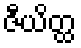
ဇီယိတ္ထ